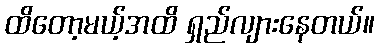
ထိတော့မယ့်အထိ ရှည်လျားနေတယ်။